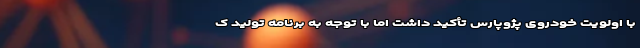
با اولویت خودروی پژوپارس تأکید داشت اما با توجه به برنامه تولید ک